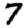
Digit: 7